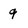
Character: 9